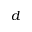
d